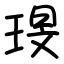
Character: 琝